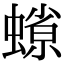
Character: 𧐑